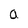
Character: a